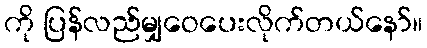
ကို ပြန်လည်မျှဝေပေးလိုက်တယ်နော်။